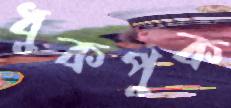
ধুকপুক